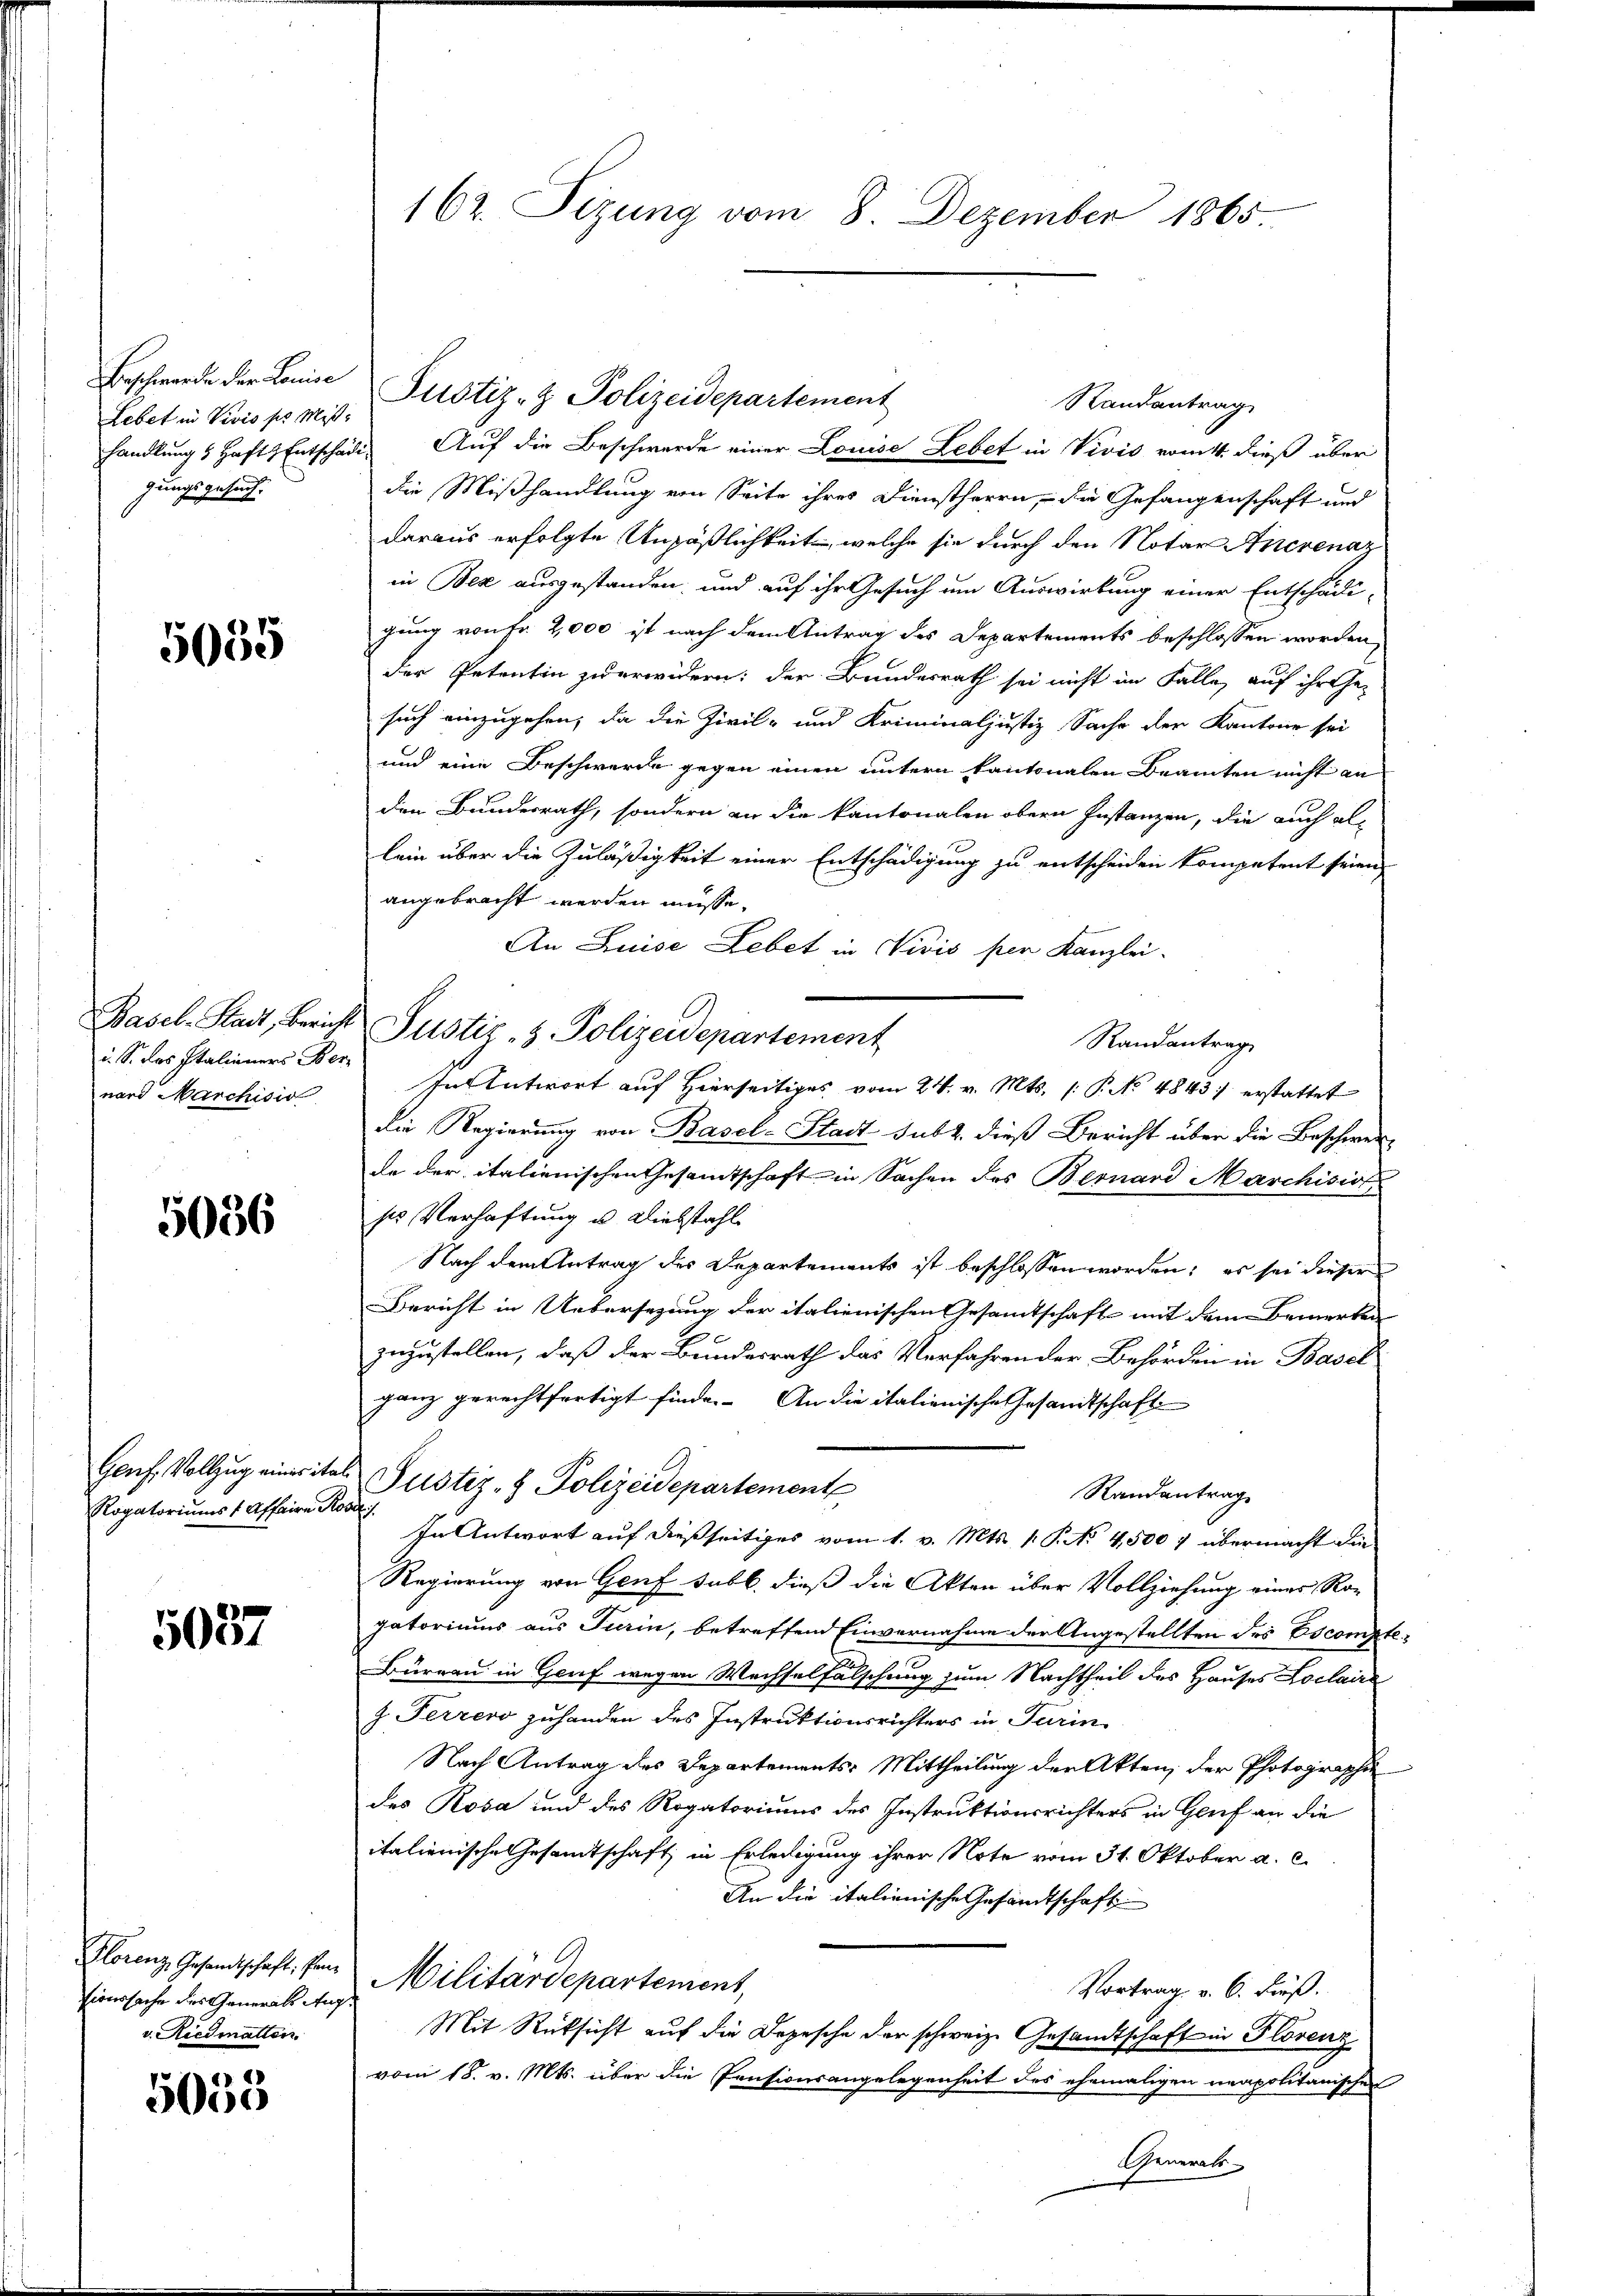
Lebet in Vivis sie Mißgungsgesuch.

5035

i. S. das Italieners Ber
nard Marchisis

5056

Genf, Vollzug eines ita
Rogatoriums & Affaire Rose

5087

sionssache des Generals Aug.
v. Riedmatten

5055

162. Sizung vom 8. Dezember 1865

handlung & Haft Entschädig Auf die Beschwerde einer Louise Lebet in Vivis vom 4. dieß über
die Mißhandlung von Seite ihres Dienstherrn, – die Gefangenschaft und
daraus erfolgte Unpäßlichkeit, welche sie durch den Notar Anerenaz
in Bex ausgestanden, und auf ihr Gesuch um Auswirkung einer Entschädi-
gung von Fr. 2,000 ist nach dem Antrag des Departements beschlossen worden,
der Petentin zu erwidern; der Bundesrath sei nicht im Falle, auf ihr Ge-
such einzugehen, da die Zivil- und Kriminaljustiz Sache der Kantone sei
und eine Beschwerde gegen einen untern kantonalen Beamten nicht an
den Bundesrath, sondern an die kantonalen obern Instanzen, die auch als
lein über die Zuläßigkeit einer Entschädigung zu entscheiden kompetent seien,
angebracht werden müsse.
An Luise Lebet in Vivis per Kanzlei.
Randantrag
In Antwort auf Hierseitiges vom 24. v. Mts. (: P. No 4843 erstattet
die Regierung von Basel-Stadt subt. dieß Bericht über die Beschwer-
de der italienischen Gesamtschaft in Sachen des Bernard Marchisio
ses Verhaftung u. Diebstahl
Nach dem Antrag des Departements ist beschlossen worden; es sei dieser
Bericht in Uebersezung der italienischen Gesamtschaft mit dem Bemerken
zuzustellen, daß der Bundesrath das Verfahren der Behörden in Basel
ganz gerechtfertigt finde. An die italienische Gesandtschaft
 Justiz- & Polizeidepartement
Randantrage
In Antwort auf dießseitiges vom 1. v. Mts. 1. P. No 4500 f übermacht die
Regierung von Genf sabl. dieß die Akten über Vollziehung eines Ro-
gatoriums aus Turin, betreffend Einvernahme der Angestellten des Escompte¬
Burgau in Genf wegen Wechselfälschung zum Nachtheil des Hauses Loclaire
J. Ferrevo zuhanden des Instruktionsrichters in Turin
Nach Antrag des Departements Mittheilung der Akten, der Photographie
des Rosa und des Rogatoriums des Instruktionsrichters in Gruf an die
italienische Gesandtschaft in Erledigung ihrer Note vom 31. Oktober a. c.
An die italienische Gesandtschaft
Florenz, Gesandtschaft, sein Militärdepartement,
Vortrag v. 6. Fieß.
Mit Rücksicht auf die Depesche der schweiz. Gesandtschaft in Florenz
vom 18. v. Mts. über die Pensionsangelegenheit des ehemaligen neapolitanischen
Generals

Beschwerde der Louise Justiz- & Polizeidepartement

Basel-Stadt, Bericht Justiz - 8. Polizeidepartement

Randantrag